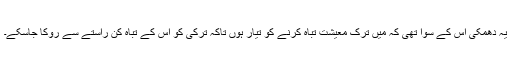
یہ دھمکی اس کے سوا تھی کہ میں ترک معیشت تباہ کرنے کو تیار ہوں تاکہ ترکی کو اس کے تباہ کن راستے سے روکا جاسکے۔